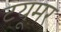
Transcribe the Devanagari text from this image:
टयूमर